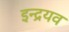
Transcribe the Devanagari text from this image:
इन्द्रयव